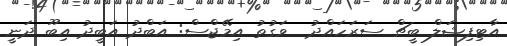
އާޓިފިޝަލް ބީޗް ސަރަހައްދު  ވަގުތު އިމޭޖްސް: އަބްދު އަބީދު އިބޫ ދަނީ